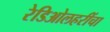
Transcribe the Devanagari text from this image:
रेडिओलहरींचा